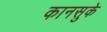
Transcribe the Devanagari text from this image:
कानसुके